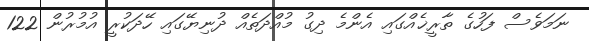
ނަމަވެސް ފަހުގެ ތާރީޚެއްގައި އެންމެ ދިގު މުއްދަތެއް ދުނިޔޭގައި ހޭދަކުރީ އުމުރުން 122